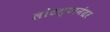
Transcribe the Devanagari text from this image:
लोटल्‍यानंतर